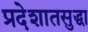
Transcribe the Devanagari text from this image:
प्रदेशातसुद्धा